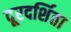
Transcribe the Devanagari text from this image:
दूरदर्शिता